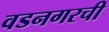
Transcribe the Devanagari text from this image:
वडनगरची